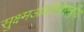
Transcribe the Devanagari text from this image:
सुक्ष्मअर्थशास्त्रीय